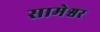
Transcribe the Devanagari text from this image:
सामेश्वर